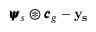
{ \pmb { \psi } } _ { s } \circledast { \pmb { c } } _ { g } - \bf y _ { s }